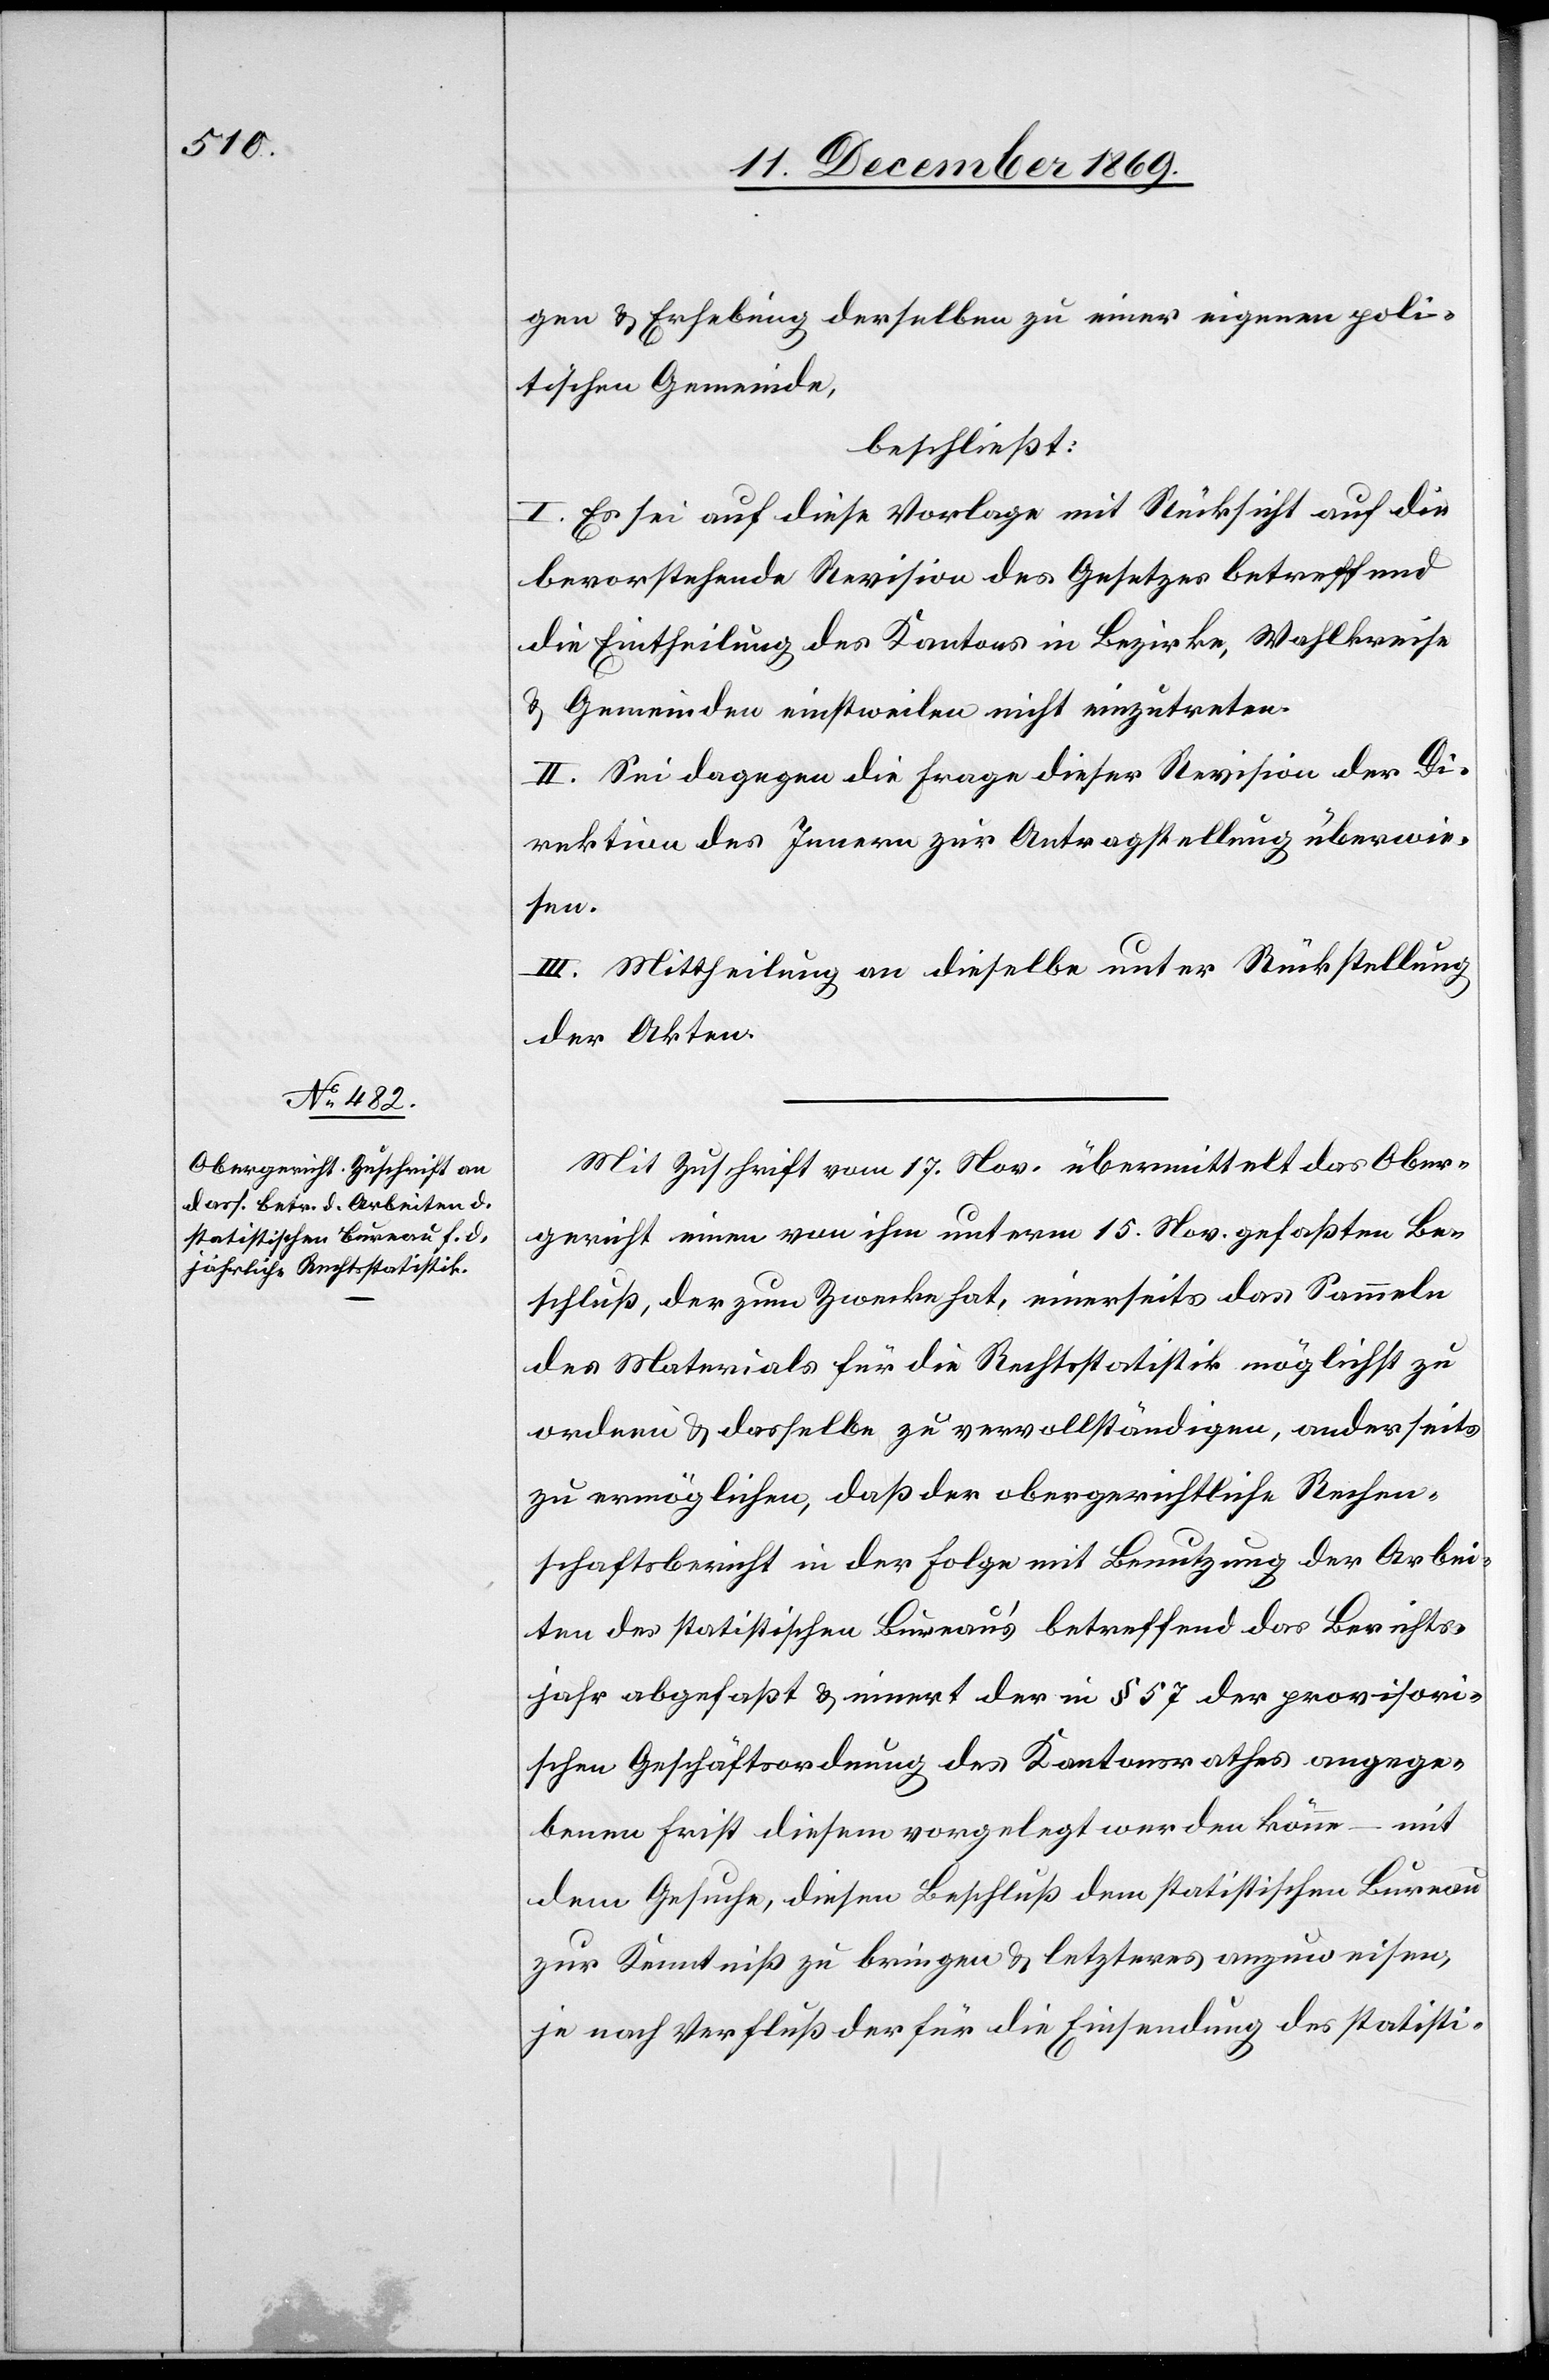
gen & Erhebung derselben zu einer eigenen poli¬
tischen Gemeinde,
beschließt:
I. Es sei auf diese Vorlage mit Rücksicht auf die
bevorstehende Revision des Gesetzes betreffend
die Eintheilung des Kantons in Bezirke, Wahlkreise
& Gemeinden einstweilen nicht einzutreten.
II. Sei dagegen die Frage dieser Revision der Di¬
rektion des Innern zur Antragstellung überwie¬
sen.
III. Mittheilung an dieselbe unter Rückstellung
der Akten.
Mit Zuschrift vom 17. Nov. übermittelt das Ober¬
gericht einen von ihm unterm 15. Nov. gefaßten Be¬
schluß, der zum Zwecke hat, einerseits das Sammeln
des Materials für die Rechtsstatistik möglichst zu
ordnen & dasselbe zu vervollständigen, anderseits
zu ermöglichen, daß der obergerichtliche Rechen¬
schaftsbericht in der Folge mit Benutzung der Arbei¬
ten des statistischen Bureau’s betreffend das Berichts¬
jahr abgefaßt & innert der in § 57 der provisori¬
schen Geschäftsordnung des Kantonsrathes angege¬
benen Frist diesem vorgelegt werden könne – mit
dem Gesuche, diesen Beschluß dem statistischen Bureau
zur Kenntniß zu bringen & letzteres anzuweisen,
je nach Verfluß der für die Einsendung des statisti-